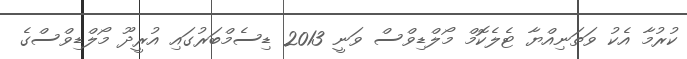
ކުރުމާ އެކު ވަތަނިއްޔާ ޓެލެކޮމް މޯލްޑިވްސް ވަނީ 2013 ޑިސެމްބަރުގައި އުރީދޫ މޯލްޑިވްސްގެ